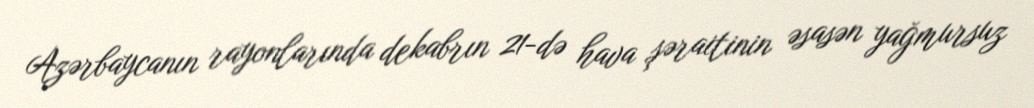
Azərbaycanın rayonlarında dekabrın 21-də hava şəraitinin əsasən yağmursuz